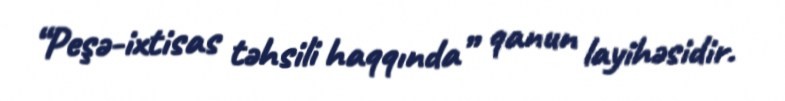
“Peşə-ixtisas təhsili haqqında” qanun layihəsidir.